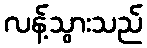
လန့်သွားသည်